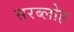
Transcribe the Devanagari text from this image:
सरब्लोह